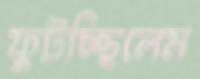
ফুটচ্ছিলেম